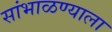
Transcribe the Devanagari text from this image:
सांभाळण्याला